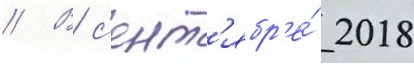
// В с'ент'ябр'е́ 2018